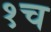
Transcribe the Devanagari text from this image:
१च